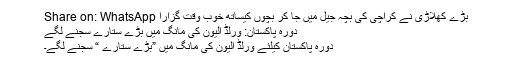
بڑے کھلاڑی نے کراچی کی بچہ جیل میں جا کر بچوں کیساتھ خوب وقت گزارا Share on: WhatsApp
دورہ پاکستان: ورلڈ الیون کی مانگ میں بڑے ستارے سجنے لگے
دورہ پاکستان کیلئے ورلڈ الیون کی مانگ میں ”بڑے ستارے “ سجنے لگے۔